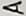
A